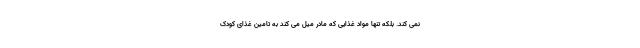
نمی کند. بلکه تنها مواد غذایی که مادر میل می کند به تامین غذای کودک